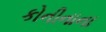
કોનીનાના